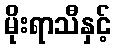
မိုးရာသီနှင့်